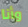
وأنا